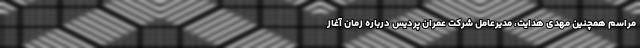
مراسم همچنین مهدی هدایت، مدیرعامل شرکت عمران پردیس درباره زمان آغاز